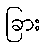
ခြား